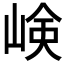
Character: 𡸴